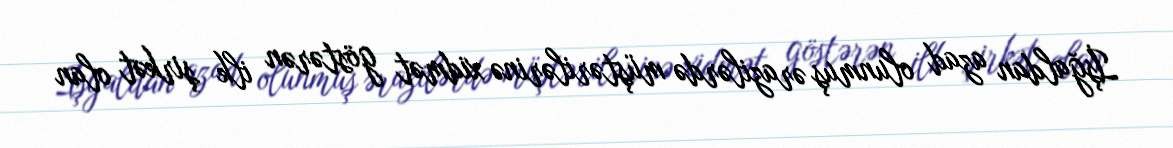
İşğaldan azad olunmuş ərazilərdə müştərilərinə xidmət göstərən ilk şirkət olan